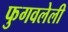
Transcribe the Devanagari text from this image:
फुगवलेली